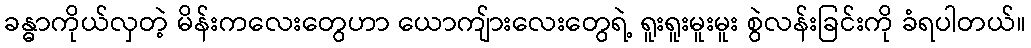
ခန္ဓာကိုယ်လှတဲ့ မိန်းကလေးတွေဟာ ယောကျ်ားလေးတွေရဲ့ ရူးရူးမူးမူး စွဲလန်းခြင်းကို ခံရပါတယ်။